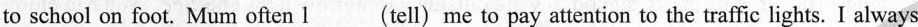
to school on foot. Mum often l__(tell) me to pay attention to the traffic lights.